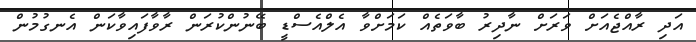
އަދި ރާއްޖެއަށް ވަރަށް ނާދިރު ބާވަތެއް ކަމަށްވާ އެލްއެސްޑީ ބޭނުންކުރަން ރާވާފައިވާކަން އެނގުމުން